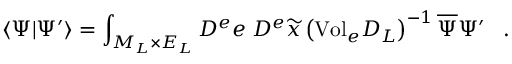
\langle \Psi | \Psi ^ { \prime } \rangle = \int _ { { \cal M } _ { L } \times { \cal E } _ { L } } { \cal D } ^ { e } e \; { \cal D } ^ { e } \widetilde { x } \left( \mathrm { V o l } _ { e } { \cal D } _ { L } \right) ^ { - 1 } \overline { { { \Psi } } } \Psi ^ { \prime } \; \; \; .